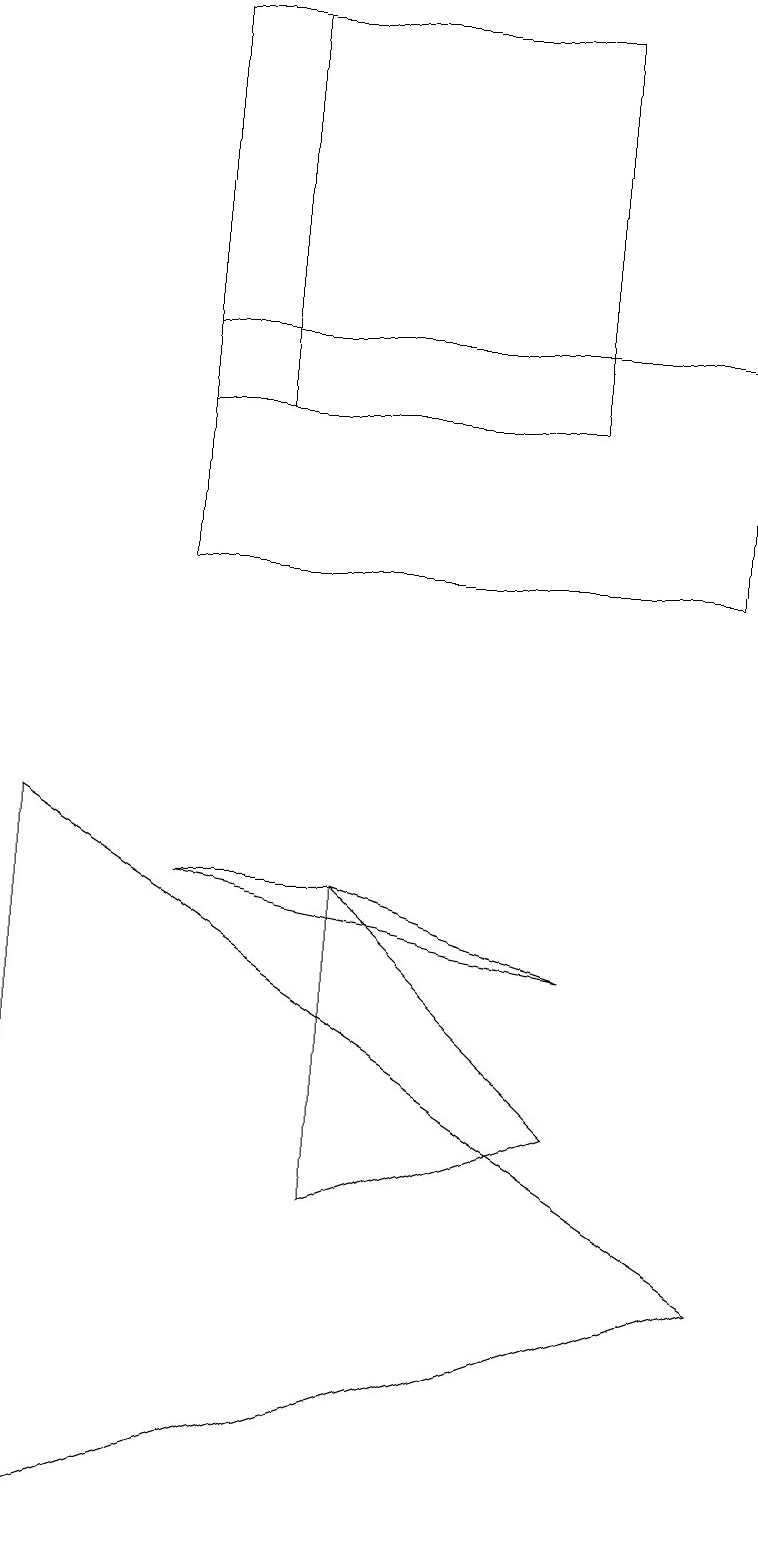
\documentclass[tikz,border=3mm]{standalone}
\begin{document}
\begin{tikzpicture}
\draw (2,12) rectangle (9,15);
\draw (7,19) rectangle (3,14);
\draw (0,0) -- (0,9) -- (9,3) -- cycle;
\draw (2,8) -- (4,8) -- (7,7) -- cycle;
\draw (7,5) -- (4,4) -- (4,8) -- cycle;
\draw (2,14) rectangle (7,19);
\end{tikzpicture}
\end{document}